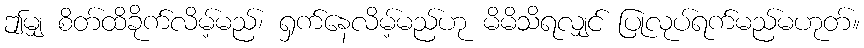
ဤမျှ စိတ်ထိခိုက်လိမ့်မည်၊ ရှက်နေလိမ့်မည်ဟု မိမိသိရလျှင် ပြုလုပ်ရက်မည်မဟုတ်။